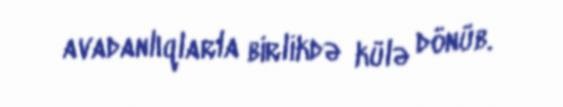
avadanlıqlarla birlikdə külə dönüb.